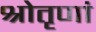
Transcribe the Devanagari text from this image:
श्रोतृणां